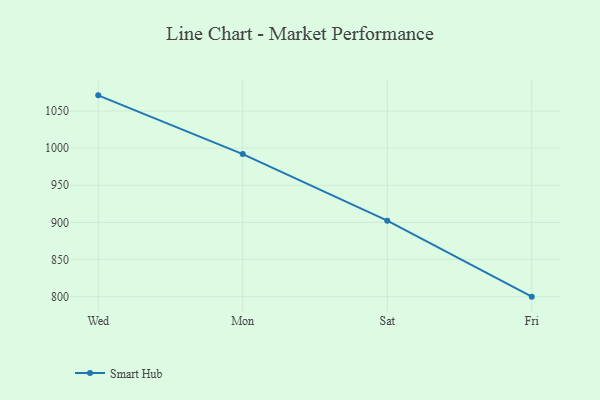
{"axis": {"x": "Day", "y": "Inventory Turnover"}, "legend": ["Smart Hub"], "data": [{"x": "Wed", "y": 1071.1, "type": "Smart Hub"}, {"x": "Mon", "y": 992.0, "type": "Smart Hub"}, {"x": "Sat", "y": 902.3, "type": "Smart Hub"}, {"x": "Fri", "y": 800, "type": "Smart Hub"}]}